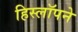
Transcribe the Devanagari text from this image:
हिस्लॉपने